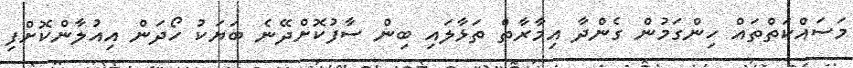
މަސައްކަތްތައް ހިންގަމުން ގެންދާ އިމާރާތް ތަޅާލައި ބިން ސާފުކޮށްދޭނެ ބަޔަކު ހޯދަން އިއުލާންކޮށްފި